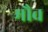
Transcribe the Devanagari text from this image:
मौव